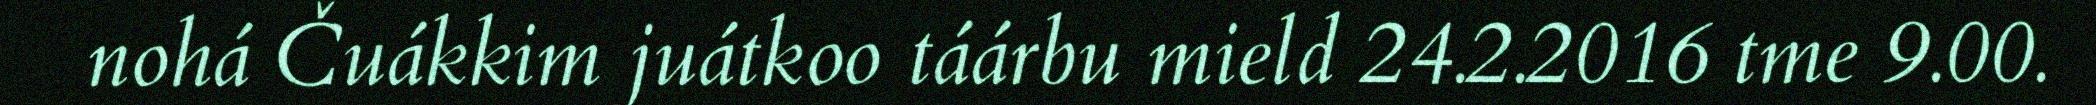
nohá Čuákkim juátkoo táárbu mield 24.2.2016 tme 9.00.